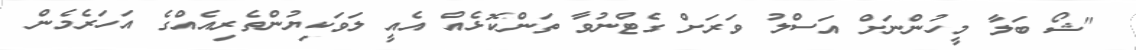
"ޝޯ ބަލާ މީހުންނަށް އަސްލު ވަރަށް ގެޓްނުވާ ތަންކޮޅެއް އެއީ ލަވަކިޔުންތެރިއެއްގެ އަހަރެމެން